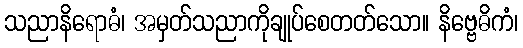
သညာနိရောဓံ၊ အမှတ်သညာကိုချုပ်စေတတ်သော။ နိဗ္ဗေဓိကံ၊